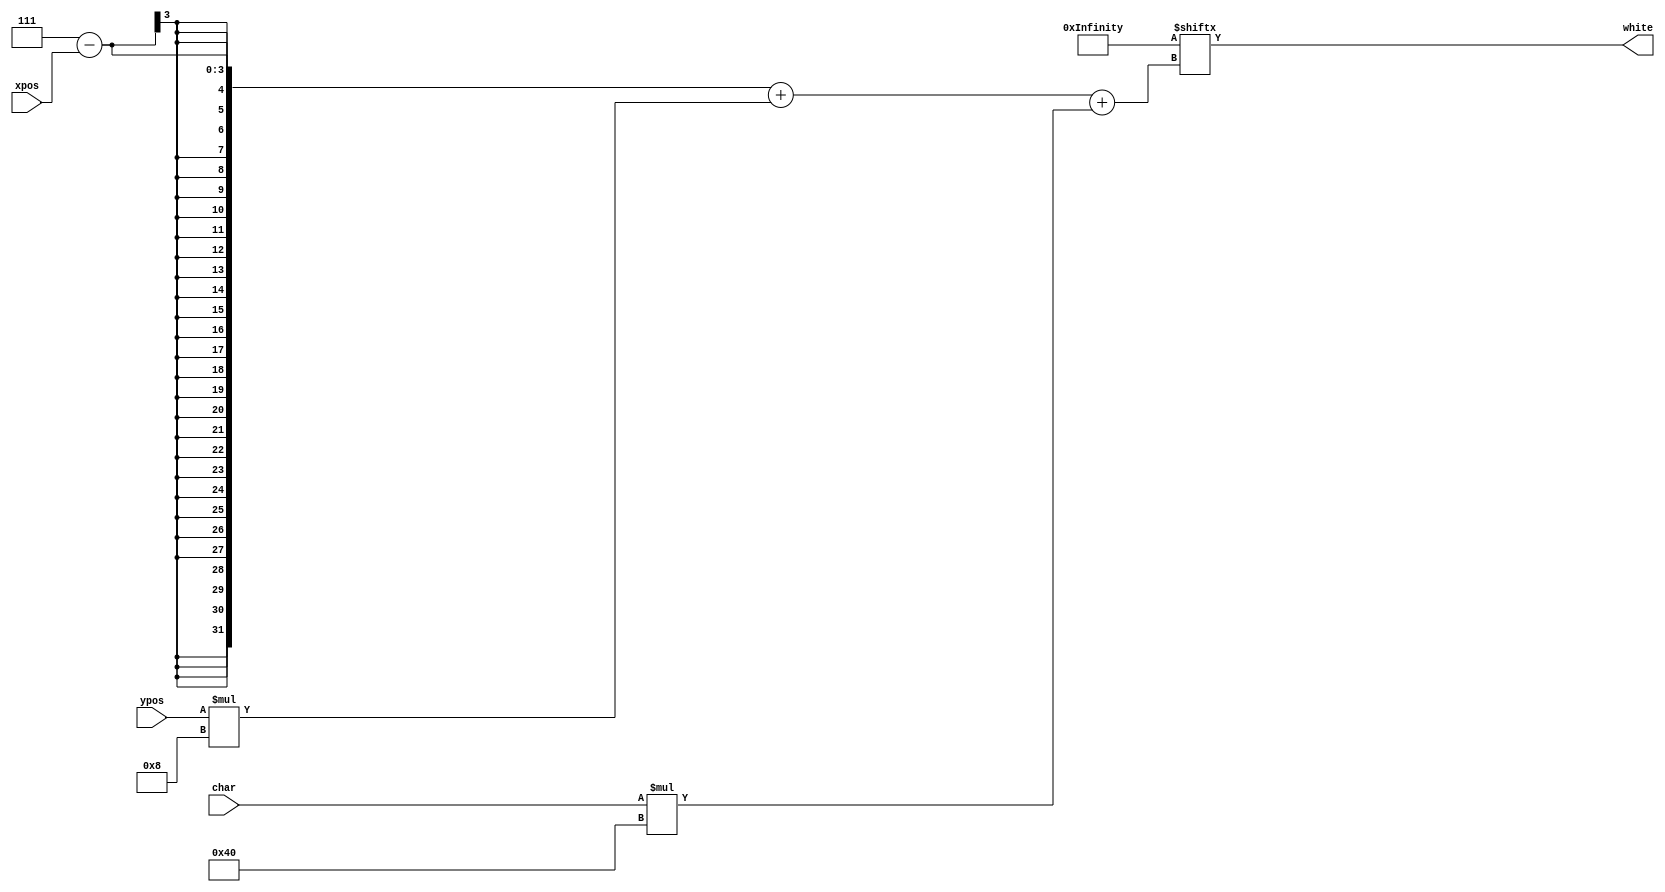
module ascii_pixel(
    char,
    xpos,
    ypos,
    white
    );

    input [6:0] char;
    input [2:0] xpos;
    input [2:0] ypos;

    output white;

    wire [64*128-1:0] pixels;

    assign white = pixels[(3'h7 - xpos) + ypos * 8 + char * 64];

// This comes from the GPLv3 licensed source (http://opengameart.org/content/8x8-ascii-bitmap-font-with-c-source).
    assign pixels = {
        64'h0000000000000000, /* NUL */
        64'h7E7E7E7E7E7E0000, /* SOH */
        64'h7E7E7E7E7E7E0000, /* STX */
        64'h7E7E7E7E7E7E0000, /* ETX */
        64'h7E7E7E7E7E7E0000, /* EOT */
        64'h7E7E7E7E7E7E0000, /* ENQ */
        64'h7E7E7E7E7E7E0000, /* ACK */
        64'h7E7E7E7E7E7E0000, /* BEL */
        64'h7E7E7E7E7E7E0000, /* BS */
        64'h0,   /* TAB */
        64'h7E7E7E7E7E7E0000, /* LF */
        64'h7E7E7E7E7E7E0000, /* VT */
        64'h7E7E7E7E7E7E0000, /* FF */
        64'h7E7E7E7E7E7E0000, /* CR */
        64'h7E7E7E7E7E7E0000, /* SO */
        64'h7E7E7E7E7E7E0000, /* SI */
        64'h7E7E7E7E7E7E0000, /* DLE */
        64'h7E7E7E7E7E7E0000, /* DC1 */
        64'h7E7E7E7E7E7E0000, /* DC2 */
        64'h7E7E7E7E7E7E0000, /* DC3 */
        64'h7E7E7E7E7E7E0000, /* DC4 */
        64'h7E7E7E7E7E7E0000, /* NAK */
        64'h7E7E7E7E7E7E0000, /* SYN */
        64'h7E7E7E7E7E7E0000, /* ETB */
        64'h7E7E7E7E7E7E0000, /* CAN */
        64'h7E7E7E7E7E7E0000, /* EM */
        64'h7E7E7E7E7E7E0000, /* SUB */
        64'h7E7E7E7E7E7E0000, /* ESC */
        64'h7E7E7E7E7E7E0000, /* FS */
        64'h7E7E7E7E7E7E0000, /* GS */
        64'h7E7E7E7E7E7E0000, /* RS */
        64'h7E7E7E7E7E7E0000, /* US */
        64'h0,   /* (space) */
        64'h808080800080000, /* ! */
        64'h2828000000000000, /* " */
        64'h287C287C280000, /* # */
        64'h81E281C0A3C0800, /* $ */
        64'h6094681629060000, /* % */
        64'h1C20201926190000, /* & */
        64'h808000000000000, /* ' */
        64'h810202010080000, /* ( */
        64'h1008040408100000, /* ) */
        64'h2A1C3E1C2A000000, /* * */
        64'h8083E08080000, /* + */
        64'h81000,  /* , */
        64'h3C00000000,  /* - */
        64'h80000,  /* . */
        64'h204081020400000, /* / */
        64'h1824424224180000, /* 0 */
        64'h8180808081C0000, /* 1 */
        64'h3C420418207E0000, /* 2 */
        64'h3C420418423C0000, /* 3 */
        64'h81828487C080000, /* 4 */
        64'h7E407C02423C0000, /* 5 */
        64'h3C407C42423C0000, /* 6 */
        64'h7E04081020400000, /* 7 */
        64'h3C423C42423C0000, /* 8 */
        64'h3C42423E023C0000, /* 9 */
        64'h80000080000,  /* : */
        64'h80000081000,  /* ; */
        64'h6186018060000, /* < */
        64'h7E007E000000,  /* = */
        64'h60180618600000, /* > */
        64'h3844041800100000, /* ? */
        64'h3C449C945C201C, /* @ */
        64'h1818243C42420000, /* A */
        64'h7844784444780000, /* B */
        64'h3844808044380000, /* C */
        64'h7844444444780000, /* D */
        64'h7C407840407C0000, /* E */
        64'h7C40784040400000, /* F */
        64'h3844809C44380000, /* G */
        64'h42427E4242420000, /* H */
        64'h3E080808083E0000, /* I */
        64'h1C04040444380000, /* J */
        64'h4448507048440000, /* K */
        64'h40404040407E0000, /* L */
        64'h4163554941410000, /* M */
        64'h4262524A46420000, /* N */
        64'h1C222222221C0000, /* O */
        64'h7844784040400000, /* P */
        64'h1C222222221C0200, /* Q */
        64'h7844785048440000, /* R */
        64'h1C22100C221C0000, /* S */
        64'h7F08080808080000, /* T */
        64'h42424242423C0000, /* U */
        64'h8142422424180000, /* V */
        64'h4141495563410000, /* W */
        64'h4224181824420000, /* X */
        64'h4122140808080000, /* Y */
        64'h7E040810207E0000, /* Z */
        64'h3820202020380000, /* [ */
        64'h4020100804020000, /* \ */
        64'h3808080808380000, /* ] */
        64'h1028000000000000, /* ^ */
        64'h7E0000,  /* _ */
        64'h1008000000000000, /* ` */
        64'h3C023E463A0000, /* a */
        64'h40407C42625C0000, /* b */
        64'h1C20201C0000,  /* c */
        64'h2023E42463A0000, /* d */
        64'h3C427E403C0000, /* e */
        64'h18103810100000, /* f */
        64'h344C44340438,  /* g */
        64'h2020382424240000, /* h */
        64'h800080808080000, /* i */
        64'h800180808080870, /* j */
        64'h20202428302C0000, /* k */
        64'h1010101010180000, /* l */
        64'h665A42420000,  /* m */
        64'h2E3222220000,  /* n */
        64'h3C42423C0000,  /* o */
        64'h5C62427C4040,  /* p */
        64'h3A46423E0202,  /* q */
        64'h2C3220200000,  /* r */
        64'h1C201804380000, /* s */
        64'h103C1010180000, /* t */
        64'h2222261A0000,  /* u */
        64'h424224180000,  /* v */
        64'h81815A660000,  /* w */
        64'h422418660000,  /* x */
        64'h422214081060,  /* y */
        64'h3C08103C0000,  /* z */
        64'h1C103030101C0000, /* { */
        64'h808080808080800, /* | */
        64'h38080C0C08380000, /* } */
        64'h324C000000,  /* ~ */
        64'h7E7E7E7E7E7E0000 /* DEL */
    };
endmodule